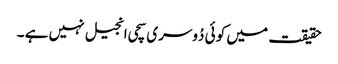
حقیقت میں کو ئی دُوسری سچی انجیل نہیں ہے ۔